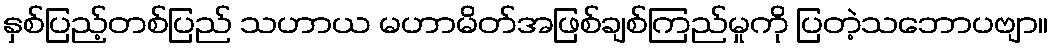
နှစ်ပြည့်တစ်ပြည် သဟာယ မဟာမိတ်အဖြစ်ချစ်ကြည်မှုကို ပြတဲ့သဘောပဗျာ။